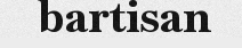
bartisan